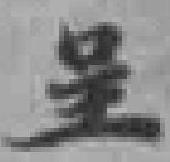
呈